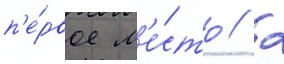
п'е́рвое м'е́сто / 2